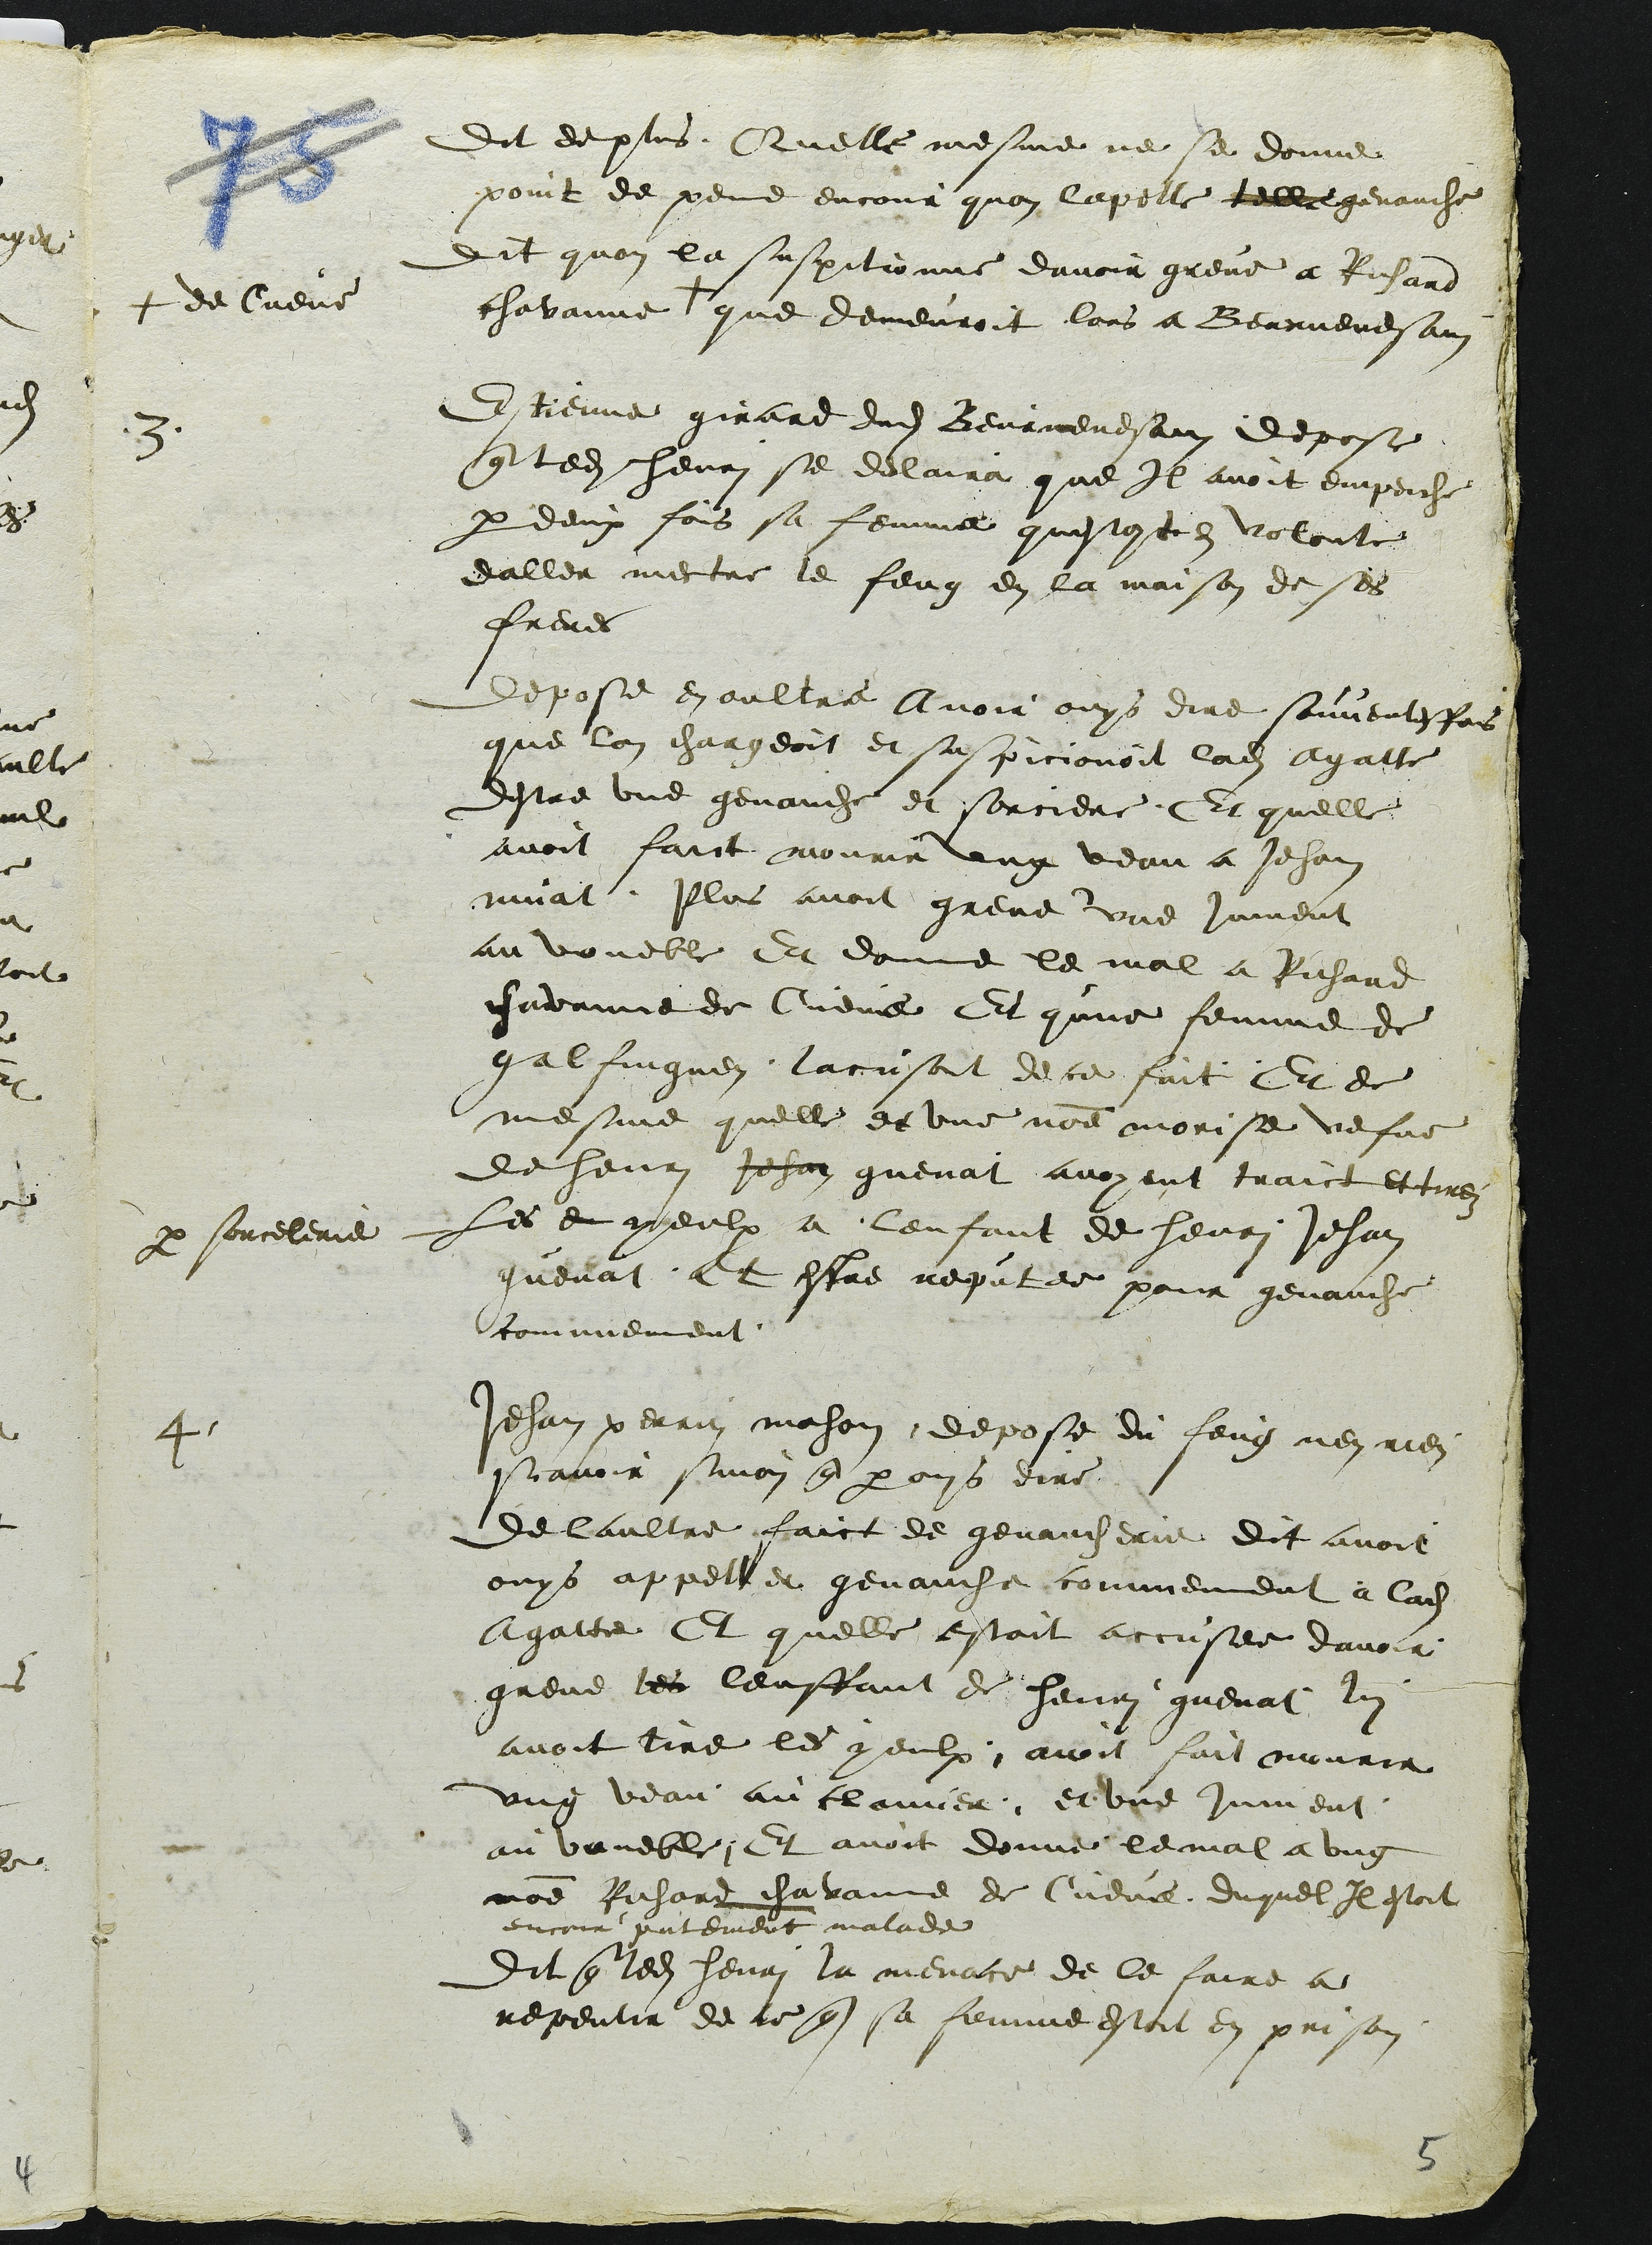
+ de Cueve
3
par sorcelerie
4.

Dit de plus Quelle mesme ne se donne
point de peine encour quon lapelle telle genauche
dit quon la suspitionne davoir greve a Richard
chavanne + que demeuroit lors a Beurnevesain
Estienne girard dudit Beurnevesain depose
que ledit henri se declaira que Il avoit empeche
par deux fois sa femme questoit en volonte
daller mectre le feug en la maison de ses
freres
Depose en oultre Avoir ouys dire souventesfois
que lon chargeoit et suspicionoit ladite Agatte
destre une genauche et sorciere, Et quelle
avoit faict mourir ung veau a Jehan
muat. Plus avoit grevé une jument
au voueble Et donne le mal a Richard
chavanne de Cueve Et qune femme de
galfinguen laccusoit de ce fait Et de
mesme quelle et une nomme morise vefve
de henri Jehan guenat avoyent traict et tirez
Les e yeulx a lenfant de henri Jehan
guenat Et estre reputee pour genauche
comunement.
Jehan perrin mahon depose du feug nen rien
scavoir sinon que par ouys dire
De laultre faict de genaucherie dit avoir
ouys apppeller genauche comunement a ladite
Agatte Et quelle estoit accusee davoir
greve les lenffant de henri guenat lui
avoit tire les yeulx, avoit fait mourir
ung veau au clavier et une jument
au voueble ; Et avoit donne le mal a ung
nomme Richard chavanne de Cueve duquel Il estoit
encour presentement malade
Dit que ledit henri la menace de le faire a
repentir de ce que sa femme estoit en prison
5